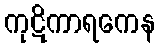
ကုဋိကာရကေန